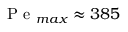
\mathrm { ~ P ~ e ~ } _ { m a x } \approx 3 8 5